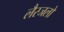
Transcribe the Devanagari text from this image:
लैस्जलो